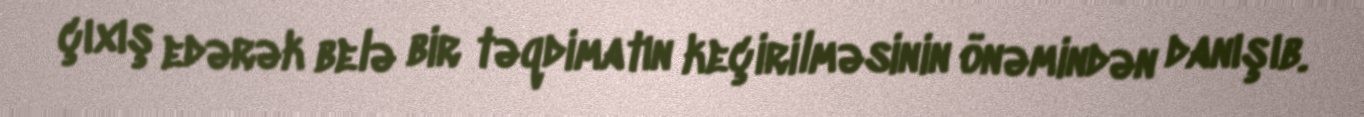
çıxış edərək belə bir təqdimatın keçirilməsinin önəmindən danışıb.